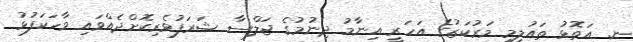
ނ. އަތޮޅު ތައުލީމީ މަރުކަޒުގެ އަހަރީ އިނާމު ދިނުމުގެ ޖަލްސާ ޝަރަފުވެރިކޮށްދެއްވައި ވާހަކަފުޅު